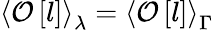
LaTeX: \left<\mathcal O\left[l\right]\right>_{\lambda}=\left<\mathcal O\left[l\right]\right>_{\Gamma}